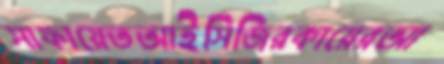
সাফায়েতআইসিজিরকায়েরআ